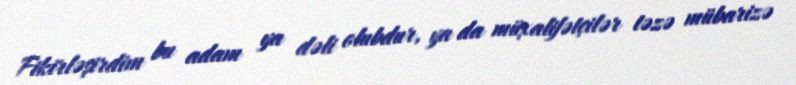
Fikirləşirdim bu adam ya dəli olubdur, ya da müxalifətçilər təzə mübarizə